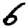
Digit: 6